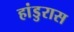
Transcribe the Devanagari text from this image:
हांडुरास